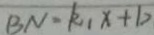
B N = k _ { 1 } x + b